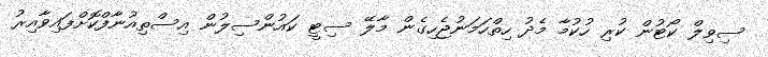
ސިވިލް ކޯޓުން ކުރި ހުކުމާ މެދު ހިތްހަމަނުޖެހިގެން މާލޭ ސިޓީ ކައުންސިލުން އިސްތިއުނާފްކޮށްފައިވާއިރު